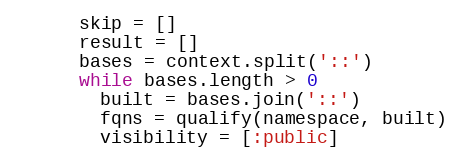
Language: Ruby
      skip = []
      result = []
      bases = context.split('::')
      while bases.length > 0
        built = bases.join('::')
        fqns = qualify(namespace, built)
        visibility = [:public]